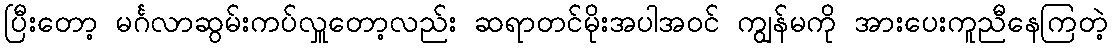
ပြီးတော့ မင်္ဂလာဆွမ်းကပ်လှူတော့လည်း ဆရာတင်မိုးအပါအဝင် ကျွန်မကို အားပေးကူညီနေကြတဲ့